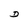
Character: D